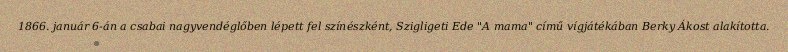
1866. január 6-án a csabai nagyvendéglőben lépett fel színészként, Szigligeti Ede "A mama" című vígjátékában Berky Ákost alakította.